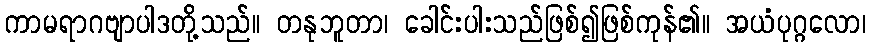
ကာမရာဂဗျာပါဒတို့သည်။ တနုဘူတာ၊ ခေါင်းပါးသည်ဖြစ်၍ဖြစ်ကုန်၏။ အယံပုဂ္ဂလော၊